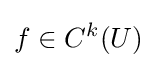
f\in C^{k}(U)